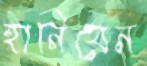
হানিবেন